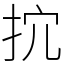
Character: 抭